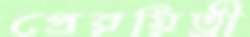
প্রেরয়িত্রী